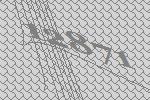
12871